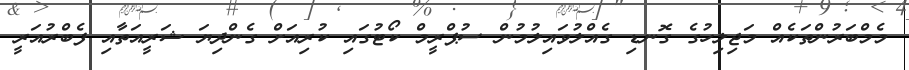
މެމްބަރުންތަކެއް މަޖިލިހުގެ ގޮނޑި ގެއްލުވައިލުމުން ސުޕްރީމް ކޯޓުގައި ކުރިއަށް ގެންދިޔަ ޝަރީއަތާއި ފެބްރުއަރީ